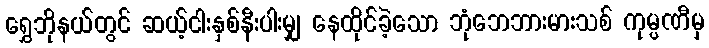
ရွှေဘိုနယ်တွင် ဆယ့်ငါးနှစ်နီးပါးမျှ နေထိုင်ခဲ့သော ဘုံဘေဘားမားသစ် ကုမ္ပဏီမှ